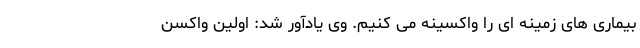
بیماری های زمینه ای را واکسینه می کنیم. وی یادآور شد: اولین واکسن